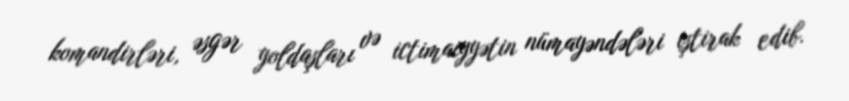
komandirləri, əsgər yoldaşları və ictimaiyyətin nümayəndələri iştirak edib.